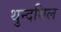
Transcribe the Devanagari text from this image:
थुन्दथिल